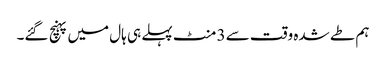
ہم طے شدہ وقت سے 3 منٹ پہلے ہی ہال میں پہنچ گئے۔